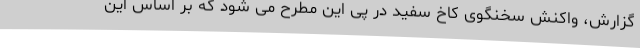
گزارش، واکنش سخنگوی کاخ سفید در پی این مطرح می شود که بر اساس این